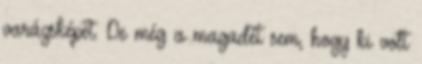
varázsképét. De még a magadét sem, hogy ki volt